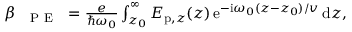
\begin{array} { r } { \beta _ { \mathrm { ~ \textsc ~ { ~ P ~ E ~ } ~ } } = \frac { e } { \hbar \omega _ { 0 } } \int _ { z _ { 0 } } ^ { \infty } E _ { \mathrm { p } , z } ( z ) \, \mathrm { e } ^ { - \mathrm { i } \omega _ { 0 } ( z - z _ { 0 } ) / v } \, \mathrm { d } z , } \end{array}